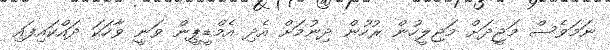
ނަމަވެސް މަޖީދަށް މަޖިލީހުން ރުހުން ދިނުމަށް އެދި އެމްޑީޕީން ވަނީ ވާހަކަ ދައްކައިފައި